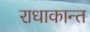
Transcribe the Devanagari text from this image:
राधाकान्‍त